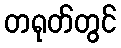
တရုတ်တွင်